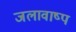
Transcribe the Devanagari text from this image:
जलावाष्प